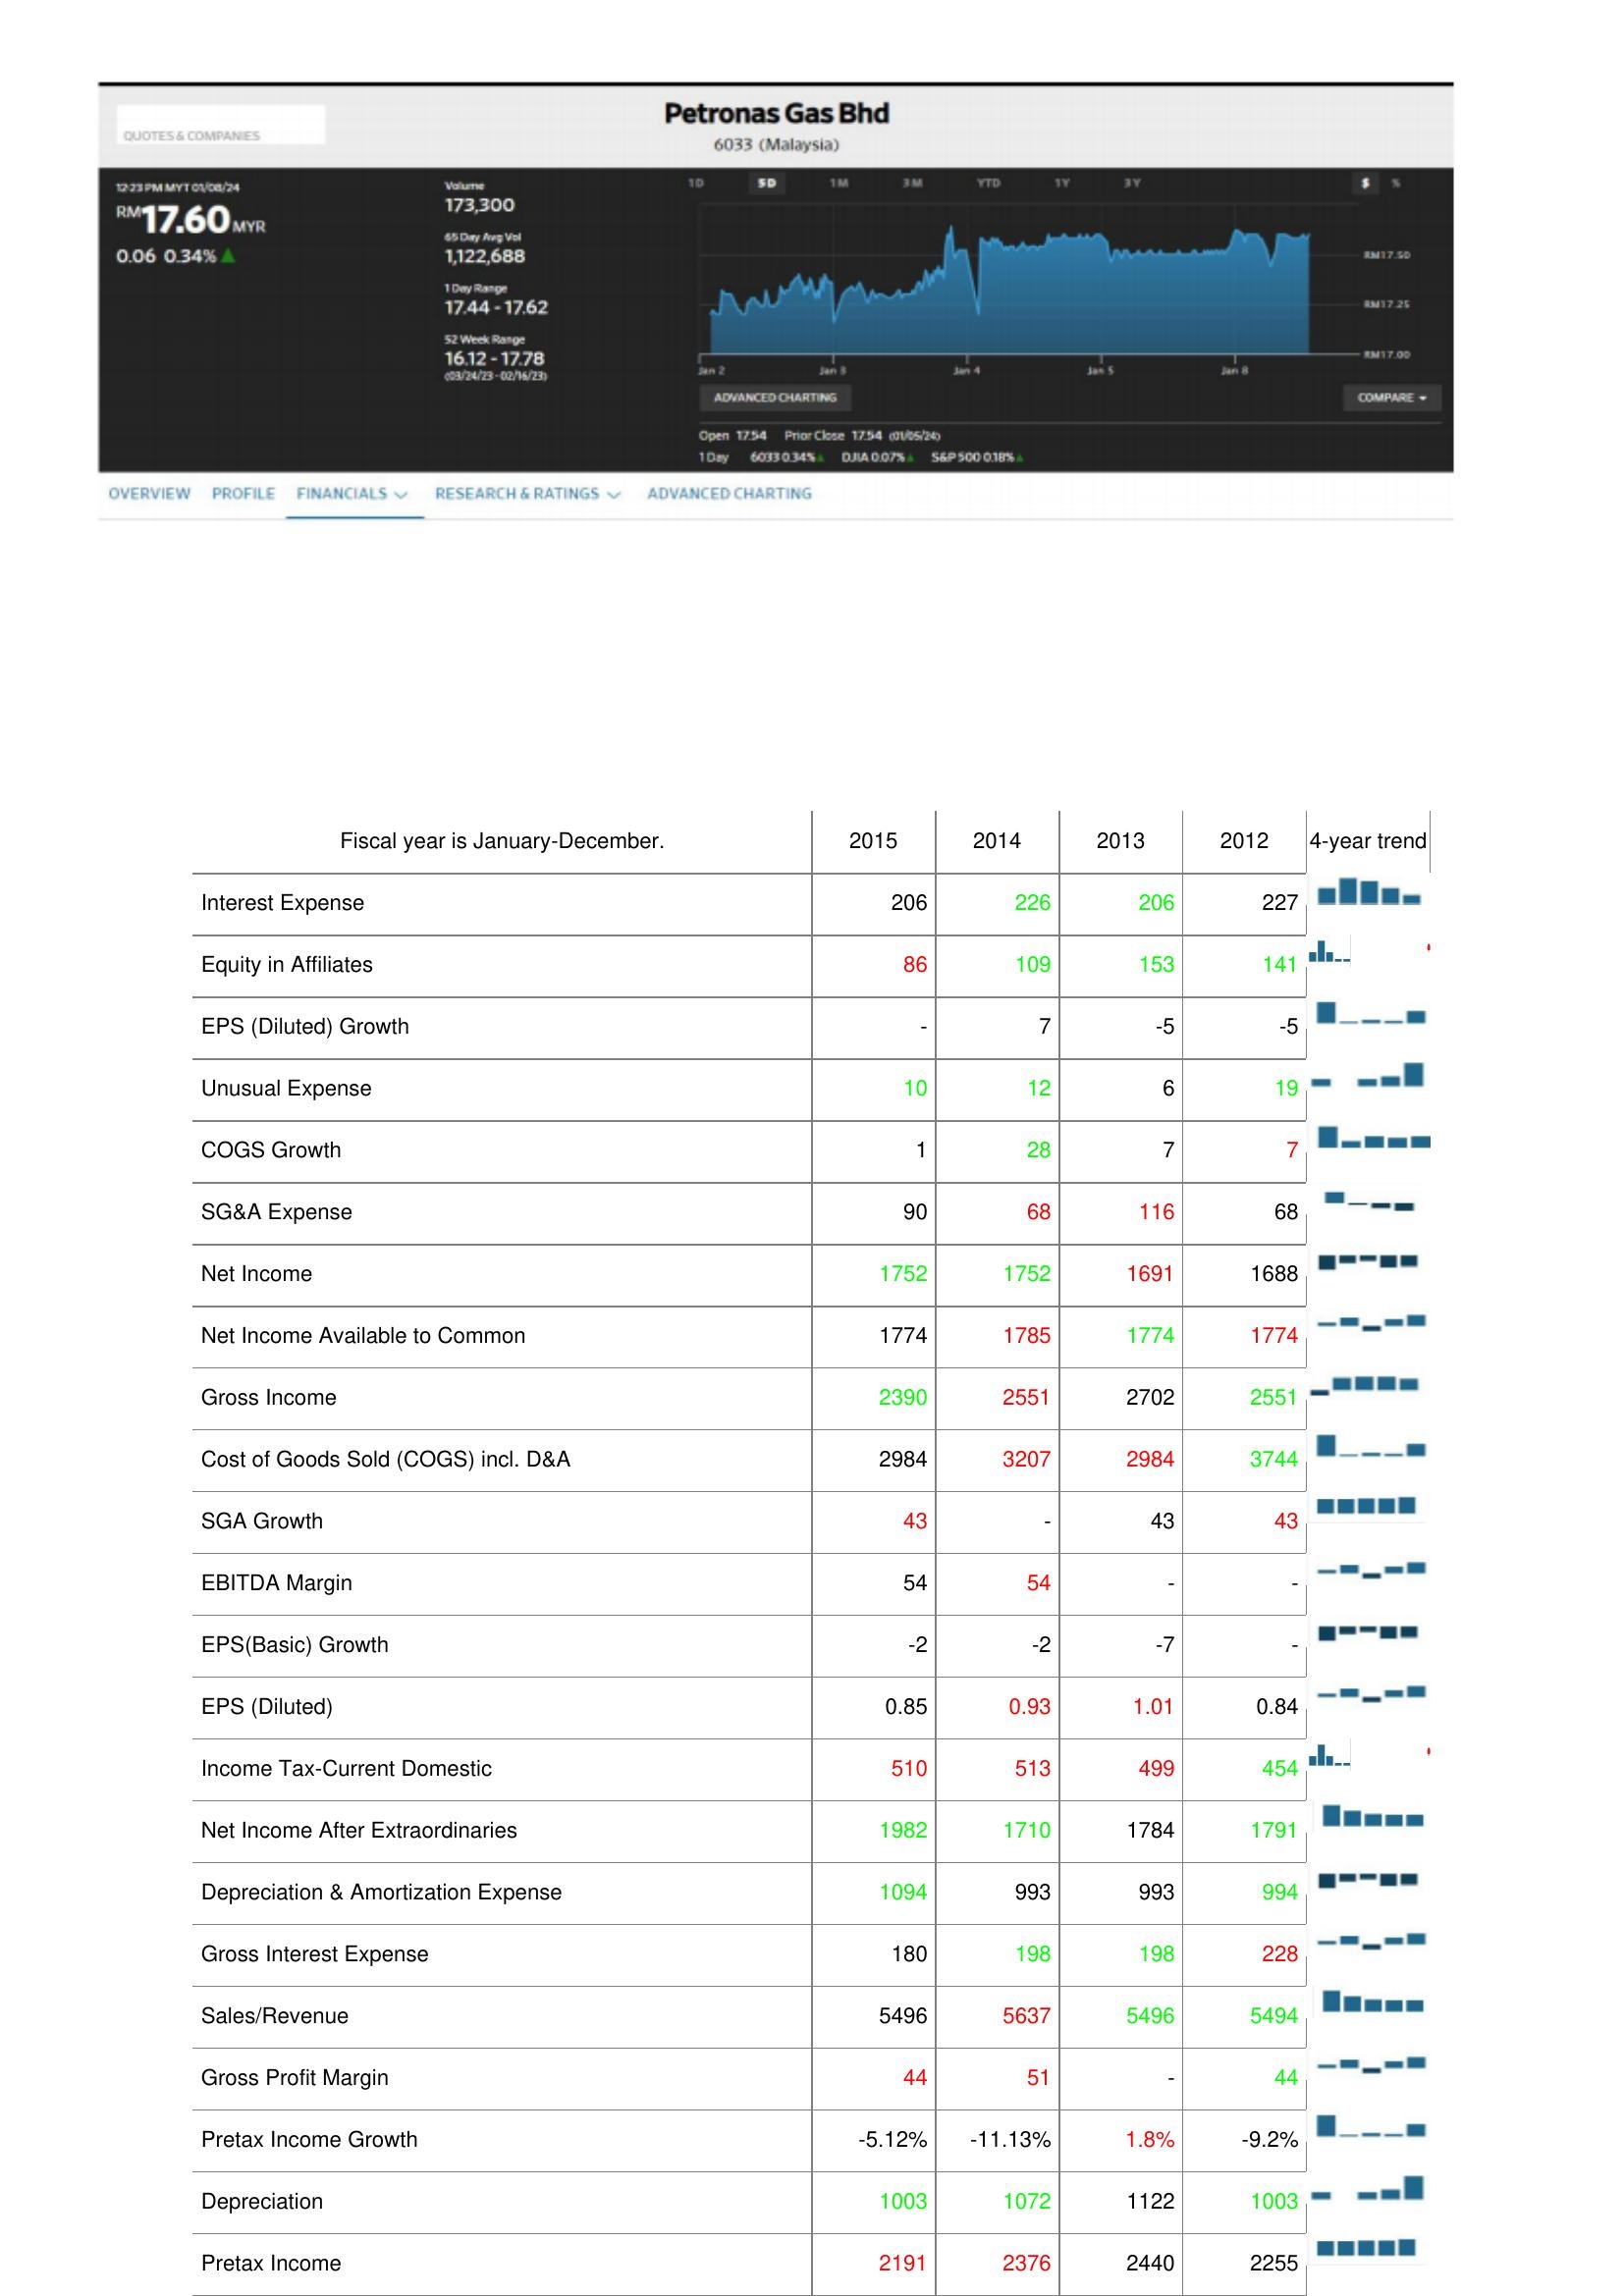
2015: : Interest Expense: 206
Equity in Affiliates: 86
EPS (Diluted) Growth: -
Unusual Expense: 10
COGS Growth: 1
SG&A Expense: 90
Net Income: 1752
Net Income Available to Common: 1774
Gross Income: 2390
Cost of Goods Sold (COGS) incl. D&A: 2984
SGA Growth: 43
EBITDA Margin: 54
EPS(Basic) Growth: -2
EPS (Diluted): 0.85
Income Tax-Current Domestic: 510
Net Income After Extraordinaries: 1982
Depreciation & Amortization Expense: 1094
Gross Interest Expense: 180
Sales/Revenue: 5496
Gross Profit Margin: 44
Pretax Income Growth: -5.12%
Depreciation: 1003
Pretax Income: 2191
2014: : Interest Expense: 226
Equity in Affiliates: 109
EPS (Diluted) Growth: 7
Unusual Expense: 12
COGS Growth: 28
SG&A Expense: 68
Net Income: 1752
Net Income Available to Common: 1785
Gross Income: 2551
Cost of Goods Sold (COGS) incl. D&A: 3207
SGA Growth: -
EBITDA Margin: 54
EPS(Basic) Growth: -2
EPS (Diluted): 0.93
Income Tax-Current Domestic: 513
Net Income After Extraordinaries: 1710
Depreciation & Amortization Expense: 993
Gross Interest Expense: 198
Sales/Revenue: 5637
Gross Profit Margin: 51
Pretax Income Growth: -11.13%
Depreciation: 1072
Pretax Income: 2376
2013: : Interest Expense: 206
Equity in Affiliates: 153
EPS (Diluted) Growth: -5
Unusual Expense: 6
COGS Growth: 7
SG&A Expense: 116
Net Income: 1691
Net Income Available to Common: 1774
Gross Income: 2702
Cost of Goods Sold (COGS) incl. D&A: 2984
SGA Growth: 43
EBITDA Margin: -
EPS(Basic) Growth: -7
EPS (Diluted): 1.01
Income Tax-Current Domestic: 499
Net Income After Extraordinaries: 1784
Depreciation & Amortization Expense: 993
Gross Interest Expense: 198
Sales/Revenue: 5496
Gross Profit Margin: -
Pretax Income Growth: 1.8%
Depreciation: 1122
Pretax Income: 2440
2012: : Interest Expense: 227
Equity in Affiliates: 141
EPS (Diluted) Growth: -5
Unusual Expense: 19
COGS Growth: 7
SG&A Expense: 68
Net Income: 1688
Net Income Available to Common: 1774
Gross Income: 2551
Cost of Goods Sold (COGS) incl. D&A: 3744
SGA Growth: 43
EBITDA Margin: -
EPS(Basic) Growth: -
EPS (Diluted): 0.84
Income Tax-Current Domestic: 454
Net Income After Extraordinaries: 1791
Depreciation & Amortization Expense: 994
Gross Interest Expense: 228
Sales/Revenue: 5494
Gross Profit Margin: 44
Pretax Income Growth: -9.2%
Depreciation: 1003
Pretax Income: 2255